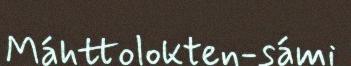
Máhttolokten-sámi